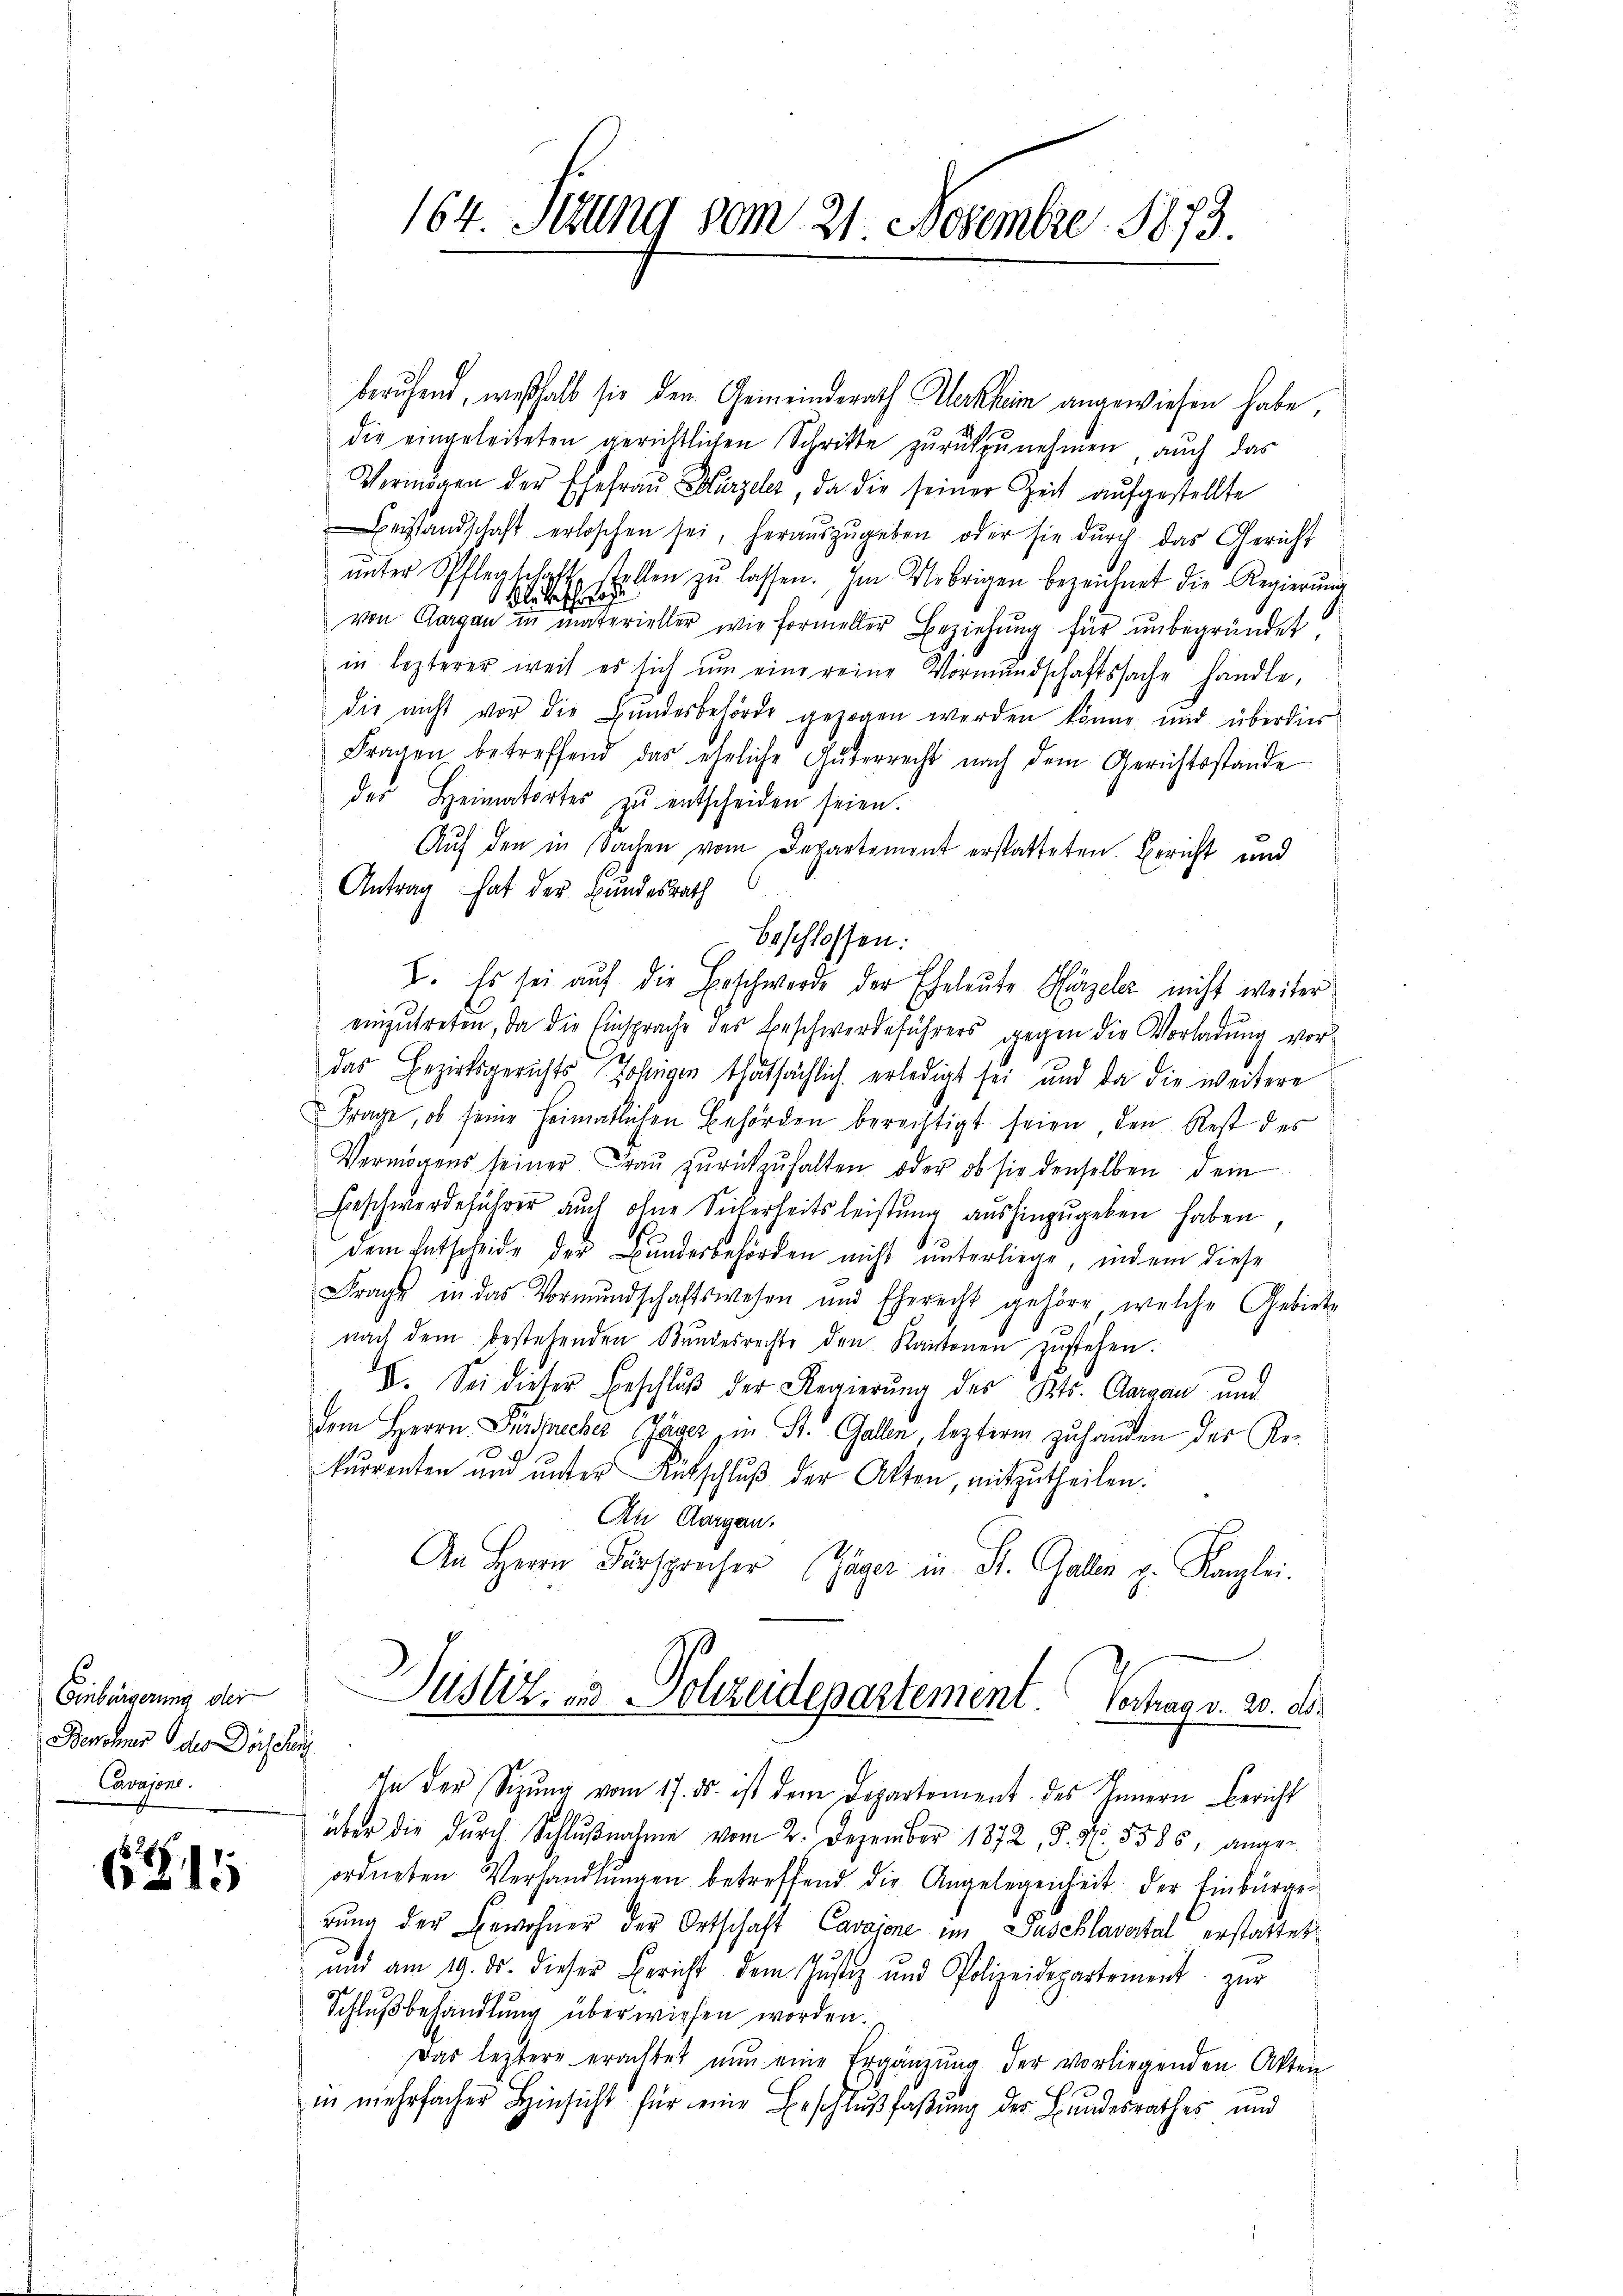
Einbürgerung des
Benone des Dorsehen
Cavajone.

6815

beruhend, weßhalb sie den Gemeinderath Werkheim angewiesen habe
die eingeleiteten gerichtlichen Schritte zurückzunehmen, auch das
Vermögen der Ehefraŭ Hirzeler, da die seiner Zeit aufgestellte
Beistandschaft erloschen sei, heraŭszŭgeben oder sie dŭrch das Gericht
ŭnter Pflegschaft stellen zŭ lassen. Im Uebrigen bezeichnet die Regierŭng
le beschie
von Aargau in materieller wie formeller Beziehung für unbegründet
in lezterer weil es sich ŭm eine reine Vormundschaftssache handle,
die nicht vor die Bundesbehörde gezogen werden könne und überdies
Fragen betreffend das eheliche Güterrecht nach dem Gerichtsstande
der Heimatortes zu entscheiden seien.
Auf den in Sachen vom Departement erstatteten. Bericht und
Antrag hat der Bundesrath
beschlossen:
2. Es sei auf die Beschwerde der Eheleute Hirzeler nicht weiter
einzutreten, da die Einsprache des Beschwerdeführers gegen die Vorladung vordas Bezirksgerichts Jostigen thatsächlich erledigt sei, und da die weitere
Frage, ob seine Heimatlichen Behörden berechtigt seien, den Rest des
Vermögens seiner Fraŭ zŭrückzŭhalten oder ob sie denselben dein
Beschwerdeführer auch ohne Sicherheitsleistung aushinzugeben haben
dem Entscheide der Bundesbehörden nicht unterliege, indem diese
Frage in das Vormundschaftswesen und Eherecht gehöre, welche Gebiete
nach dem bestehenden Bundesrechte den Kantonen zustehen.
VI. Sei dieser Beschluß der Regierung des Kts. Aargau und
dem Herrn Ludrecher Jäger in St. Gallen, lezterm zuhanden des Rekurrenten um unter Rütschluß der Akten, mitzutheilen.
An Aargau.
An Herrn Fürsprücher (Gäger in St. Gallen p. Kanzlei.
Justiz- und Sohzendepartement Vertrag v. 20. d.
In der Sitzŭng vom 17. ds. ist dem Departement des Innern Bericht
über die dŭrch Schlŭβnahme vom 2. Dezember 1872, S. Nr. 5585, ange-
ordneten Verhandlŭngen betreffend die Angelegenheit der Einbürge
rŭng der Bewohner der Ortschaft Cavajone im Zuschlavertal erstattet
und am 19. ds. dieser Bericht dem Justiz und Polizeidepartement zur
Schlußbehandlung überwiesen worden.
Das letztere erachtet nun eine Ergänzung der vorliegenden Akten
in mehrfacher Hinsicht für eine Beschlußfaßung des Bundesrathes und

164. Jung vom 21. Novembre 1873.